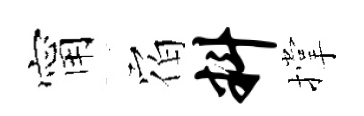
甯𪧐料撑